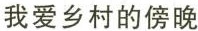
我爱乡村的傍晚